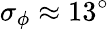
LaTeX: \sigma_{\phi}\approx 13^{\circ}